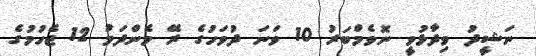
ނަޝީދު ވިދާޅުވީ ނޮވެމްބަރު 10 ވަނަ ދުވަހުގެ ރޭ މެންދަމު 12 ޖެހުމުގެ